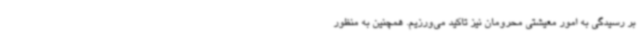
بر رسیدگی به امور معیشتی محرومان نیز تاکید می‌ورزیم. همچنین به منظور